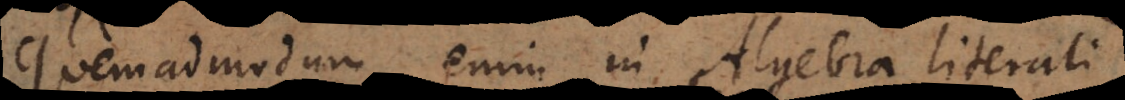
Quemadmodum enim in Algebra literali